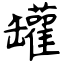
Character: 罐